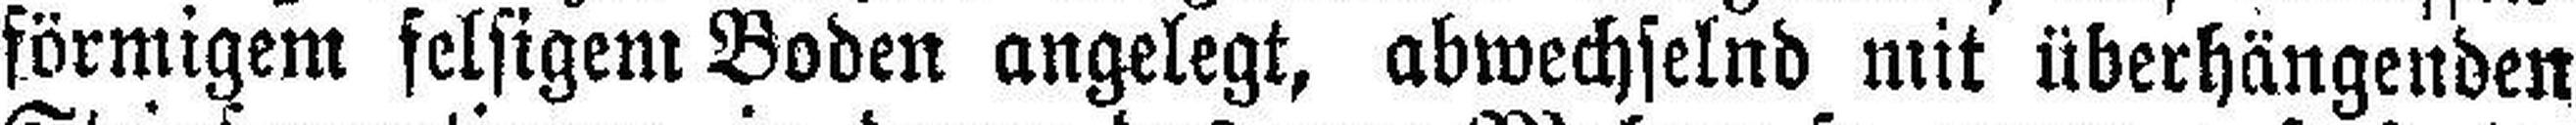
förmigem felsigem Boden angelegt, abwechselnd mit überhängenden